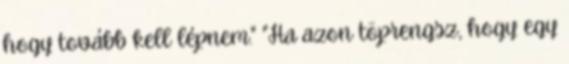
hogy tovább kell lépnem." "Ha azon töprengsz, hogy egy